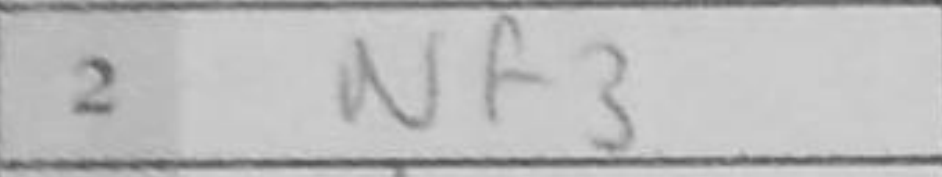
Transcription: Nf3